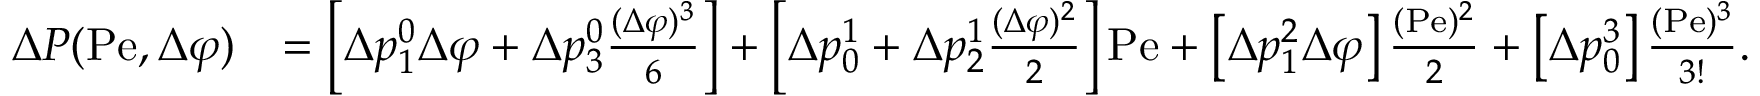
\begin{array} { r l } { \Delta P ( \mathrm { P e } , \Delta \varphi ) } & { = \left[ \Delta p _ { 1 } ^ { 0 } \Delta \varphi + \Delta p _ { 3 } ^ { 0 } \frac { ( \Delta \varphi ) ^ { 3 } } { 6 } \right] + \left[ \Delta p _ { 0 } ^ { 1 } + \Delta p _ { 2 } ^ { 1 } \frac { ( \Delta \varphi ) ^ { 2 } } { 2 } \right] \mathrm { P e } + \left[ \Delta p _ { 1 } ^ { 2 } \Delta \varphi \right] \frac { ( \mathrm { P e } ) ^ { 2 } } { 2 } + \left[ \Delta p _ { 0 } ^ { 3 } \right] \frac { ( \mathrm { P e } ) ^ { 3 } } { 3 ! } . } \end{array}